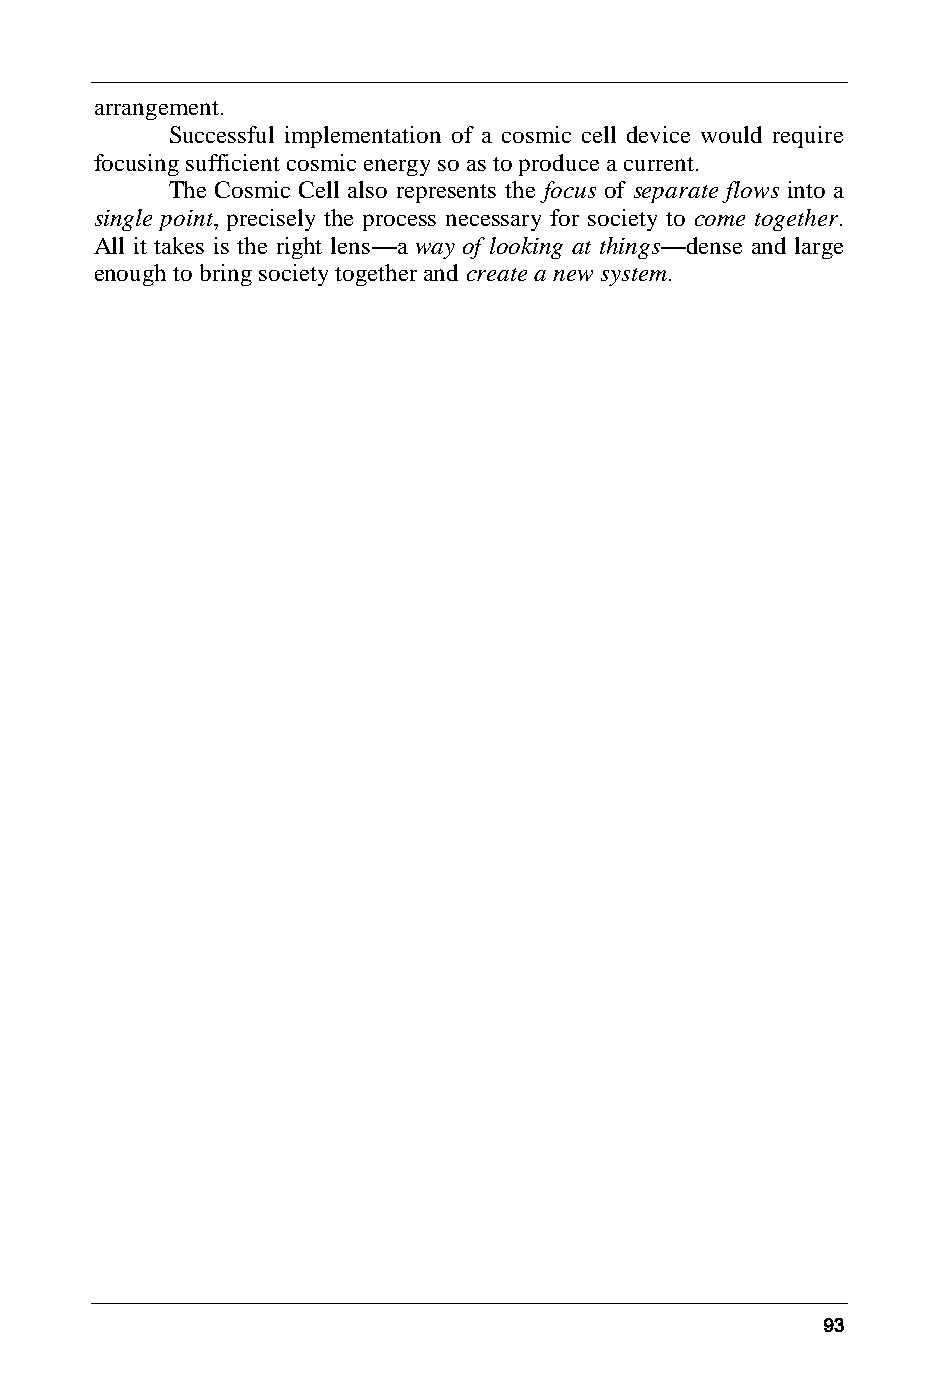
arrangement.
 Successful implementation of a cosmic cell device would require
 focusing sufficient cosmic energy so as to produce a current.
 The Cosmic Cell also represents the focus of separate flows into a
 single point, precisely the process necessary for society to come together.
 All it takes is the right lens—a way of looking at things—dense and large
 enough to bring society together and create a new system.
 93